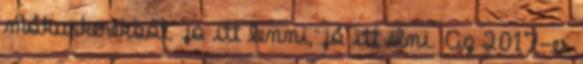
mókuskerékből. jó itt lenni, jó itt élni. Az 2017-es